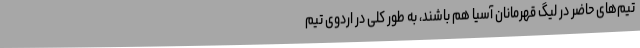
تیم‌های حاضر در لیگ قهرمانان آسیا هم باشند، به طور کلی در اردوی تیم